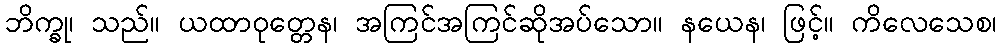
ဘိက္ခု၊ သည်။ ယထာဝုတ္တေန၊ အကြင်အကြင်ဆိုအပ်သော။ နယေန၊ ဖြင့်။ ကိလေသေစ၊